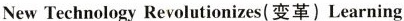
New Technology Revolutionizes(变革)Learning